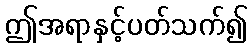
ဤအရာနှင့်ပတ်သက်၍